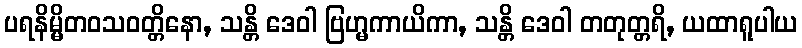
ပရနိမ္မိတဝသဝတ္တိနော, သန္တိ ဒေဝါ ဗြဟ္မကာယိကာ, သန္တိ ဒေဝါ တတုတ္တရိ, ယထာရူပါယ